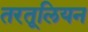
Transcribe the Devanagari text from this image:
तरतूलियन